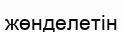
жөнделетін